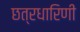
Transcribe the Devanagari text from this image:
छत्रधारिणी